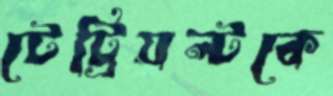
টেট্রিয়ল্টকে